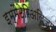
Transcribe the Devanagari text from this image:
इम्मैटेरिअलिज्म